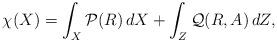
LaTeX: \begin{align*}\chi(X)=\int_{X}{\mathcal P}(R)\,dX+\int_{Z}{\mathcal Q(R,A)}\,dZ,\end{align*}